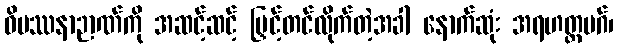
ဝိပဿနာဉာဏ်ကို အဆင့်ဆင့် မြှင့်တင်လိုက်တဲ့အခါ နောက်ဆုံး အရဟတ္တမဂ်၊